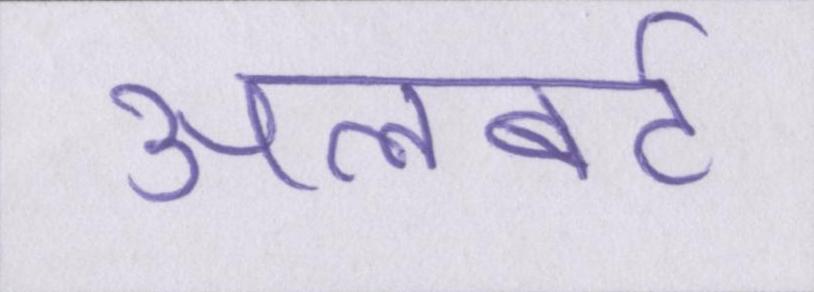
अलबर्ट